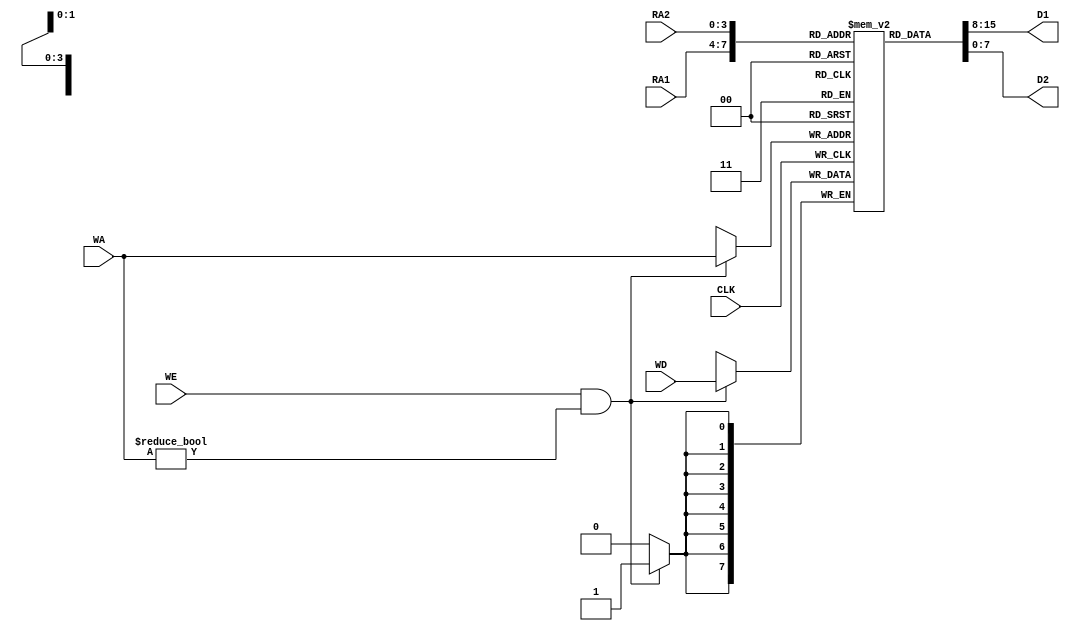
`timescale 1ps/1ps
module reg_file (input CLK,
                 input WE,          // write enable
                 input [3:0] WA,    // write address
                 input [3:0] RA1,   // read  address 1
                 input [3:0] RA2,   // read  address 2
                 input [7:0] WD,    // data to be write
                 output [7:0] D1,   // data(read) 1
                 output [7:0] D2);  // data(read) 2
    
    reg [7:0] register [15:0];
    initial begin
        register[0] = 8'b0; // zero register
    end

    assign D1 = register[RA1];
    assign D2 = register[RA2];

    always @(negedge CLK) begin
        if (WE && WA != 0) begin    // zero register is read-only
            #10 register[WA] = WD;
        end
    end

endmodule